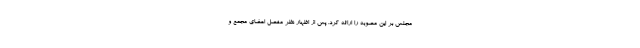
مجلس بر این مصوبه را ارائه کرد. پس از اظهار نظر مفصل اعضای مجمع و